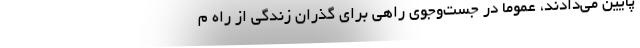
پايين مي‌دادند، عموما در جست‌و‌جوي راهي براي گذران زندگي از راه م